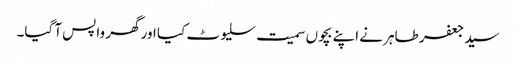
سید جعفر طاہر نے اپنے بچوں سمیت سلیوٹ کیا اور گھر واپس آ گیا۔